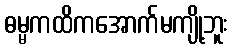
ဓမ္မကထိကအောက်မကျို့ဘူး